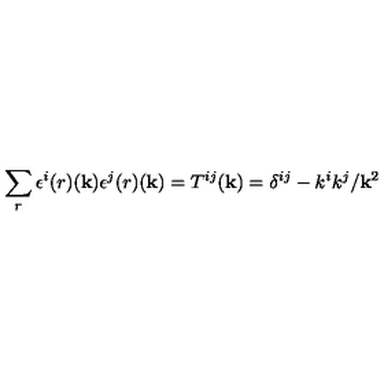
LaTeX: \sum _ { r } \epsilon ^ { i } { ( r ) } ( { \bf k } ) \epsilon ^ { j } { ( r ) } ( { \bf k } ) = T ^ { i j } ( { \bf k } ) = \delta ^ { i j } - k ^ { i } k ^ { j } / { \bf k } ^ { 2 }